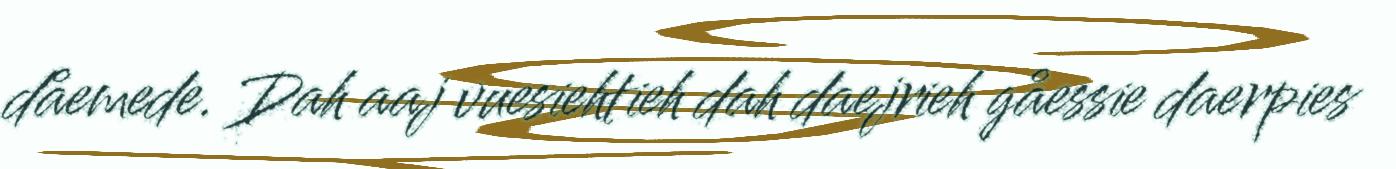
dåemede. Dah aaj vuesiehtieh dah daejrieh gåessie daerpies